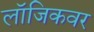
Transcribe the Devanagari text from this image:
लॉजिकवर